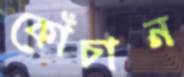
কোঁচান